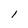
Character: 1